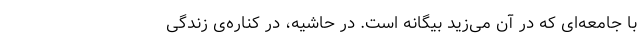
با جامعه‌ای که در آن می‌زید بیگانه است. در حاشیه، در کناره‌ی زندگی